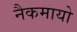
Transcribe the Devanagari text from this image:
नैकमायो